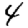
Digit: 4